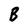
Character: B